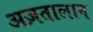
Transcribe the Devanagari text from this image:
अज़तालान